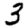
Digit: 3